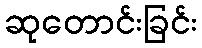
ဆုတောင်းခြင်း